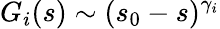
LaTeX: G_{i}(s)\sim(s_{0}-s)^{\gamma_{i}}